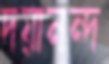
দয়ানন্দ